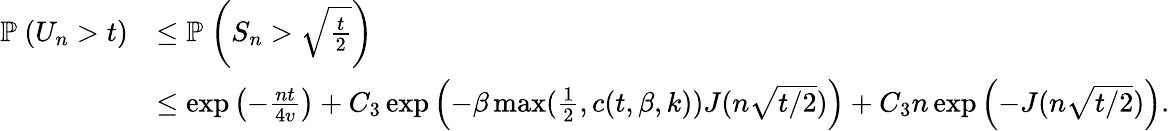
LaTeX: \begin{array}{rl}{\mathbb{P}_{}\left({U_{n}>t}\right)}&{\leq\mathbb{P}_{}\left({S_{n}>\sqrt{\frac{t}{2}}}\right)}\\ &{\leq\exp\left({-\frac{nt}{4v}}\right)+C_{3}\exp\left({-\beta\operatorname*{max}(\frac{1}{2},c(t,\beta,k))J(n\sqrt{t/2})}\right)+C_{3}n\exp\left({-J(n\sqrt{t/2})}\right).}\end{array}